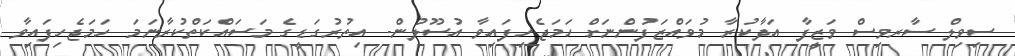
ސިވިލް ސާރވިސް ވަޒީފާ އަދާކުރާ މުވައްޒަފުންނަށް ހަމަޖެހިފައިވާ އުސޫލުން- އިތުރުގަޑީގެ މަސައްކަތްކުރާނަމަ ހަމަޖެހިފައިވާ